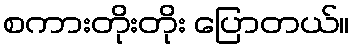
စကားတိုးတိုး ပြောတယ်။